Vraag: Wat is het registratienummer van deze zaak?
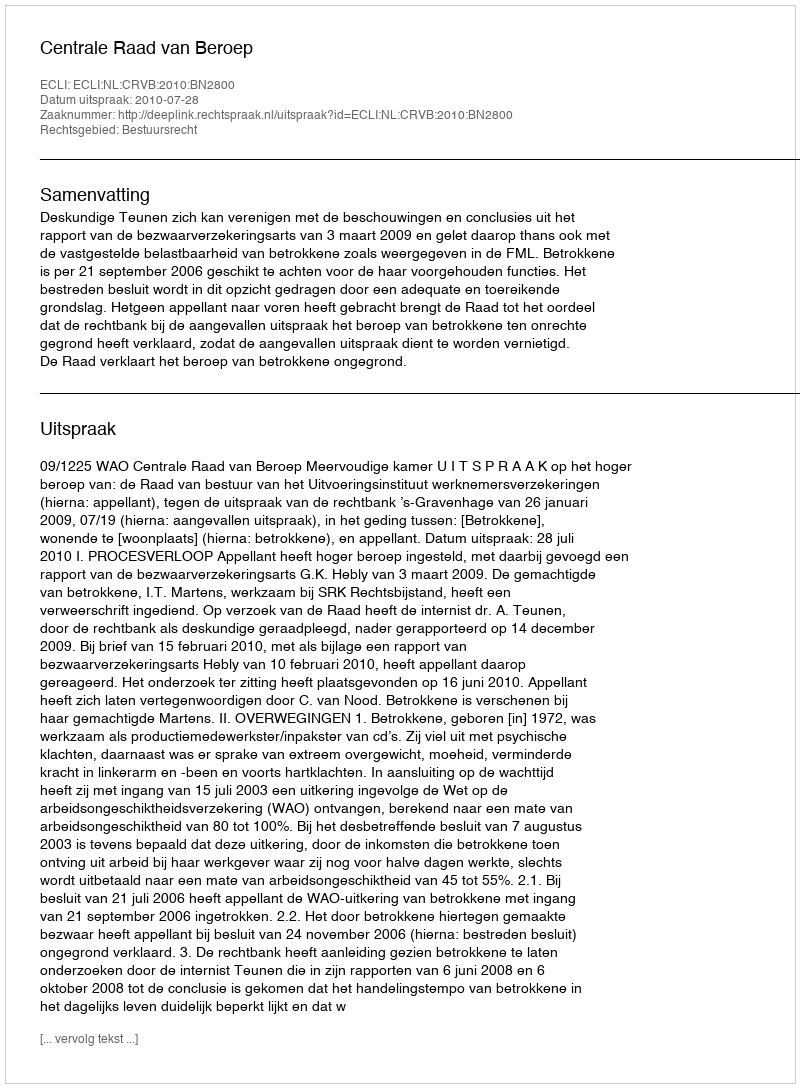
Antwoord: http://deeplink.rechtspraak.nl/uitspraak?id=ECLI:NL:CRVB:2010:BN2800